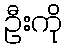
ဦးကို